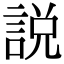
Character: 説